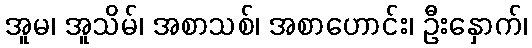
အူမ၊ အူသိမ်၊ အစာသစ်၊ အစာဟောင်း၊ ဦးနှောက်၊